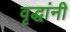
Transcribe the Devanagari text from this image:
वृद्धांनी